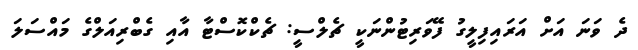
ދެ ވަނަ އަށް އަރައިފިލީގު ފޭވަރިޓުންނަކީ ޗެލްސީ: ޗެކްކޮސްޓާ އާއި ގެބްރިއަލްގެ މައްސަލަ